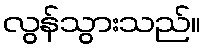
လွန်သွားသည်။